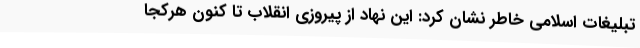
تبلیغات اسلامی خاطر نشان کرد: این نهاد از پیروزی انقلاب تا کنون هرکجا